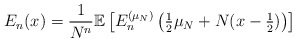
\begin{align*}E_{n}(x) = \frac{1}{N^{n}} \mathbb{E} \left[ E_{n}^{(\mu_{N})} \left( \tfrac{1}{2} \mu_{N} + N (x - \tfrac{1}{2} ) \right) \right]\end{align*}